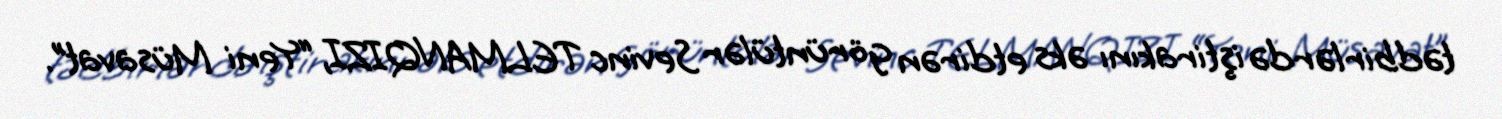
tədbirlərdə iştirakını əks etdirən görüntülər Sevinc TELMANQIZI, “Yeni Müsavat”.